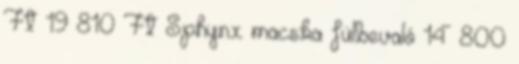
Ft 19 810 Ft Sphynx macska fülbevaló 14 800